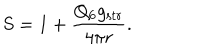
S = 1 + \frac { Q _ { 6 } g _ { \mathrm { s t r } } } { 4 \pi r } .